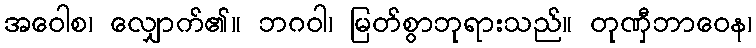
အဝေါစ၊ လျှောက်၏။ ဘဂဝါ၊ မြတ်စွာဘုရားသည်။ တုဏှီဘာဝေန၊